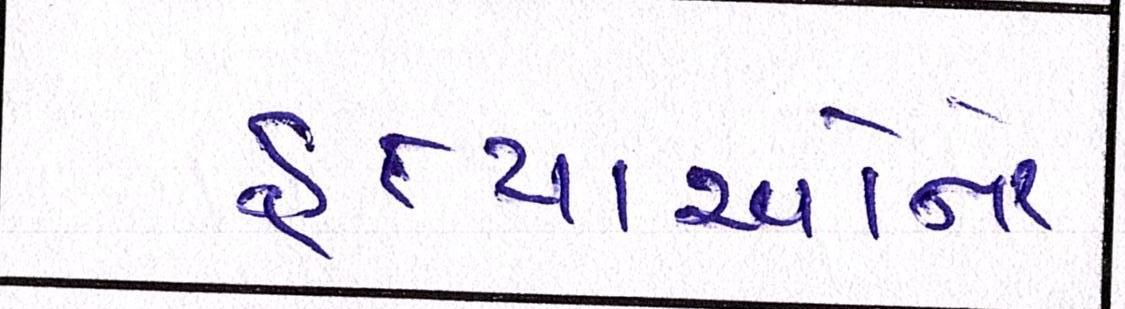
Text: હત્યાઓનો